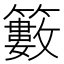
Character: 籔